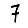
Digit: 7